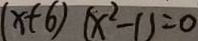
( x + 6 ) ( x ^ { 2 } - 1 ) = 0